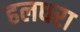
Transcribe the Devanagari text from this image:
हलधरा